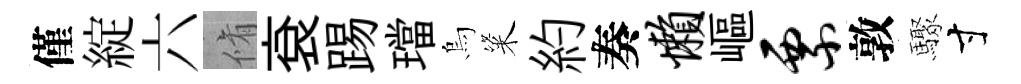
僅綻六脩袞踢璫烏粢約奏懒嶇票敦驟寸